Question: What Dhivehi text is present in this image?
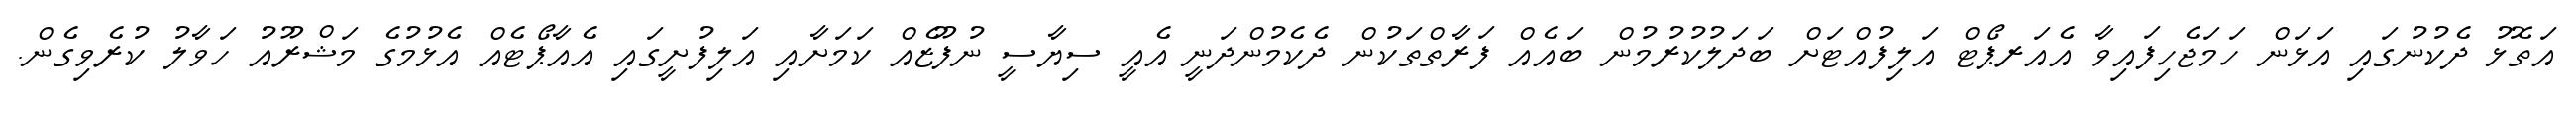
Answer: އަތޮޅު ދެކުނުގައި އަޅަން ހަމަޖެހިފައިވާ އެއަރޕޯޓް އަލިފުއްޓަށް ބަދަލުކުރުމުން ބައެއް ފަރާތްތަކުން ދެކެމުންދަނީ އެއީ ސިޔާސީ ނުފޫޒެއް ކަމަށާއި އަލިފުށީގައި އެއާޕޯޓެއް އެޅުމުގެ މަޝްރޫއު ހަވާލު ކުރެވިގެން.